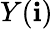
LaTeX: Y(\mathbf{i})